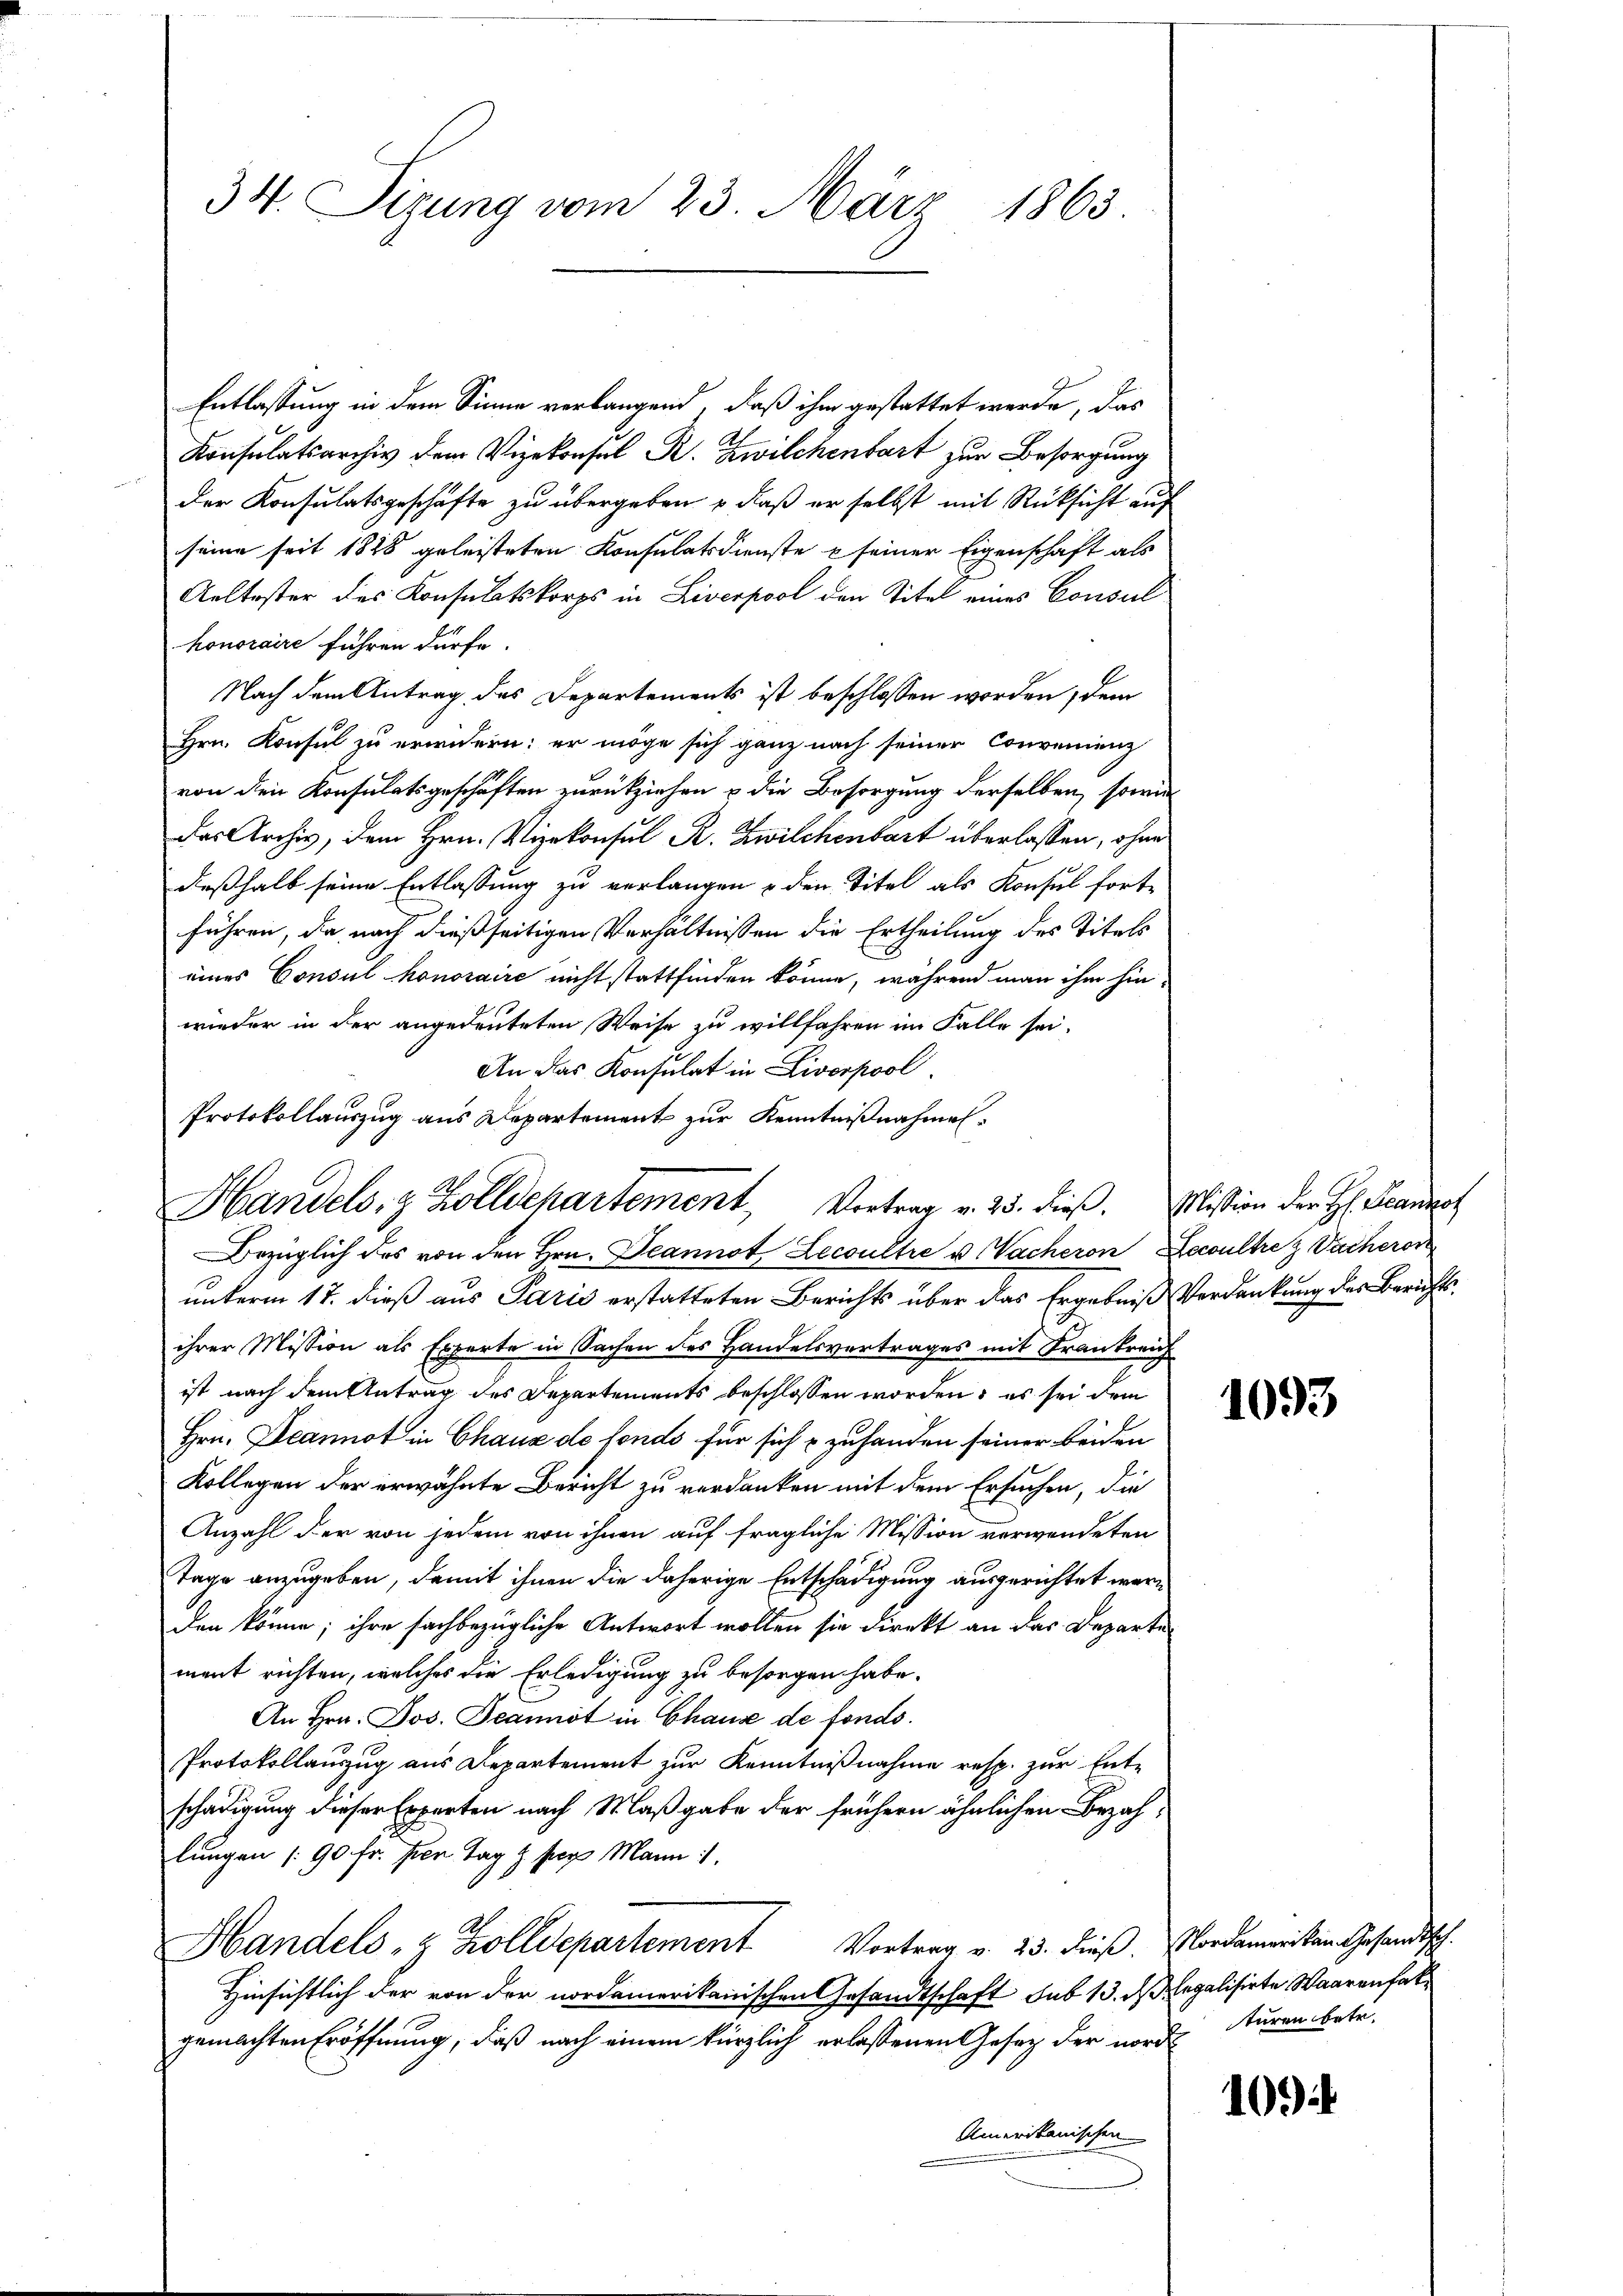
34. Sizung vom 23. März 1863.

Entlassung in dem Sinne verlangend, daß ihm gestattet werde, das
Konsulatsarchiv dem Vizekonsul R. Zwilchenbart zur Besorgung
der Konsulatsgeschäfte zu übergeben , daß er selbst mit Rücksicht auf
seine seit 1828 geleisteten Konsulatsdienste u seiner Eigenschaft als
Aeltester des Konsulatskorps in Liverpool den Titel eines Consul
honoraire führen dürfe.
Nach dem Antrag des Departements ist beschlossen worden, dem
Hrn. Konsul zu erwidern; er möge sich ganz nach seiner Convenienz
von den Konsulatsgeschäften zurückziehen u die Besorgung derselben, sowie
das Archiv, dem Hrn. Vizekonsul R. Zwilchenbart überlassen, ohne
deßhalb seine Entlassung zu verlangen u den Titel als Konsul fortführen, da nach dießseitigen Verhältnissen die Ertheilung des Titels
eines Consul honoraire nicht stattfinden könne, während man ihm hin-
wieder in der angedeuteten Weise zu willfahren im Falle sei.
An das Konsulat in Liverpool
Bezüglich das von den Hrn. Jeannot Lecoultre u. Nacheron Decultre & Dacheron
unterm 17. dieß aus Paris erstatteten Berichts über das Ergebniß Verdankung des Berichtsihrer Mission als Experte in Sachen des Handelsvertrages mit Frankrei
ist nach dem Antrag des Departements beschlossen worden, es sei dem
Hrn. Jeannot in Chaux de fondo für sich & zuhanden seiner beiden
Kollegen der erwähnte Bericht zu verdanken mit dem Ersuchen, die
Anzahl der von jedem von ihnen auf fragliche Mission verwendeten
Tage anzugeben, damit ihnen die daherige Entschädigung ausgerichtet werden könne; ihre sachbezügliche Antwort wollen sie direkt an das Departe
ment richten, welches die Erledigung zu besorgen habe.
An Hrn. Jos. Jeannot in Chause de fonds.
Protokollauszug aus Departement zur Kenntnißnahme resp. zur Entschädigung dieser Experten nach Maßgabe der frühern ähnlichen Bezahlungen (90 fr. pren Tag z per Mann 1.
Handels- & Zolldepartement Vortrag v. 23. dieß. Nordameriken Gesandtsch.
Hinsichtlich der von der nordamerikanischen Gesandtschaft sub 13. d. Regalisirte Waarenfal
gemachten Eröffnung, daß nach einem kürzlich erlassenen Gesetz der norden turen betr.
Amerikanischen

Protokollauszug aus Departement zur Kenntnißnahmen¬
Handels- & Zolldepartement, Vortrag v. 25. dieß. Elission der H. Scanat

1093

10.)